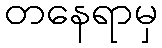
တနေရာမှ